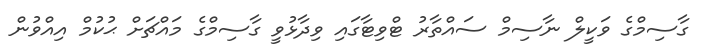
ގާސިމްގެ ވަކީލް ނާސިމް ސައްތާރު ޓްވިޓާގައި ވިދާޅުވީ ގާސިމްގެ މައްޗަށް ޙުކުމް އިއްވުން